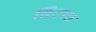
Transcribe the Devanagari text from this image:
बिलत